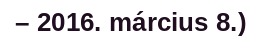
– 2016. március 8.)